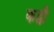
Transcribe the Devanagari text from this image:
कट्वी